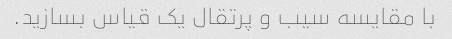
با مقایسه سیب و پرتقال یک قیاس بسازید.